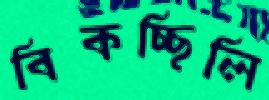
বিকচ্ছিলি